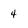
Character: 4